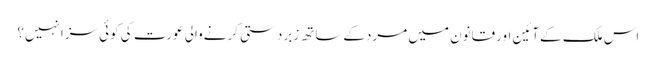
اس ملک کےآئین اورقانون میں مردکےساتھ زبردستی کرنےوالی عورت کی کوئی سزانہیں؟